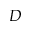
D